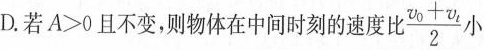
D. 若$$A>0$$且不变，则物体在中间时刻的速度比 \frac{\upsilon _{0}+ \upsilon _{t}}{2} 小